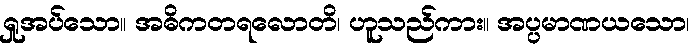
ရှုအပ်သော။ အဓိကတရလောတိ၊ ဟူသည်ကား။ အပ္ပမာဏယသော၊